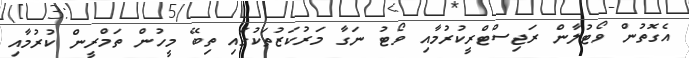
އެގޮތުން ވޯޓުލާން ރަޖިސްޓްރީކުރުމާއި ވޯޓު ނަގާ މަރުކަޒުތަކުގައި ތިބޭ މީހުން ތަމްރީން ކުރުމާއި